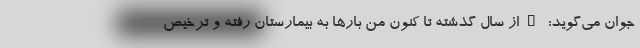
جوان می‌گوید: "از سال گذشته تا کنون من بارها به بیمارستان رفته و ترخیص